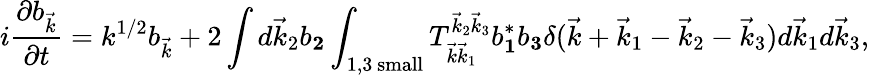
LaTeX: i\frac{\partial b_{\vec{k}}}{\partial t}=k^{1/2}b_{\vec{k}}+2\int d\vec{k}_{2}b_{\mathbf 2}\int_{1,3\mathrm{~small}}T_{\vec{k}\vec{k}_{1}}^{\vec{k}_{2}\vec{k}_{3}}b_{\mathbf 1}^{*}b_{\mathbf 3}\delta(\vec{k}+\vec{k}_{1}-\vec{k}_{2}-\vec{k}_{3})d\vec{k}_{1}d\vec{k}_{3},